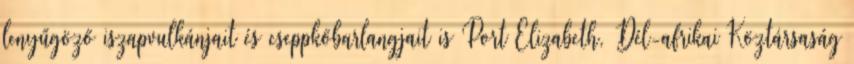
lenyűgöző iszapvulkánjait és cseppkőbarlangjait is Port Elizabeth, Dél-afrikai Köztársaság